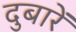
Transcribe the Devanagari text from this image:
दुबारें